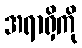
အရာရှိကို